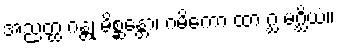
အညတ္ထ ဂန္တု မိစ္ဆန္တော၊ ဂမိကော ထာ ဂ္ဃ မဂ္ဃိယံ။